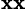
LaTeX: _{\mathbf{x}\mathbf{x}}